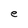
Character: e